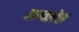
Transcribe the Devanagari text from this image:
आग्वारेस